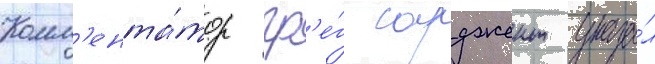
Комм'ента́тор гр'е́г сарджент указа́л